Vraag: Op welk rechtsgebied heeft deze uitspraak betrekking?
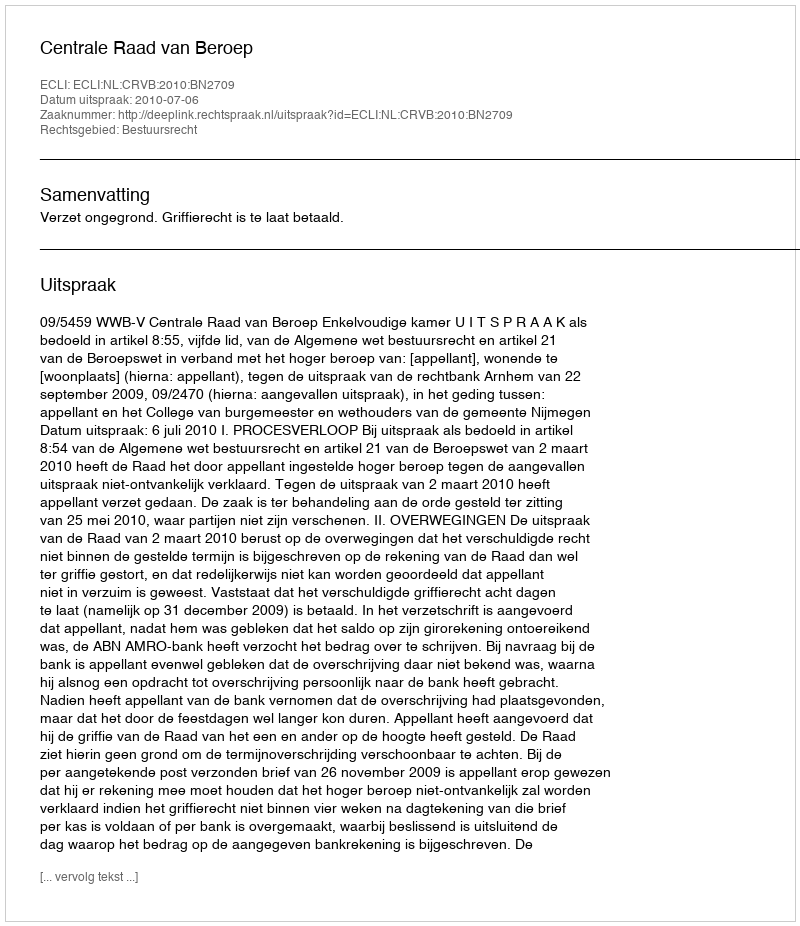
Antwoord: Bestuursrecht